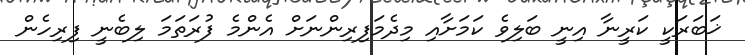
ޚަބަރަކީ ކަރީނާ އިނީ ބަލިވެ ކަމަށާއި މިދެމަފިރިންނަށް އެންމެ ފުރަތަމަ ލިބެނީ ފިރިހެން